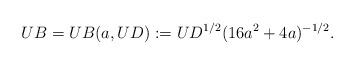
LaTeX: \begin{align*}UB=UB(a,UD):=UD^{1/2} (16a^2+4a)^{-1/2}. \end{align*}